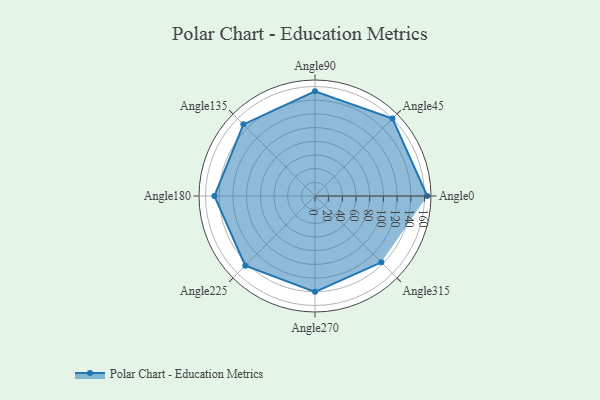
{"axis": {"x": "Angle", "y": "Radius"}, "legend": [""], "data": [{"x": "Angle0", "y": 164.0, "type": ""}, {"x": "Angle45", "y": 160.0, "type": ""}, {"x": "Angle90", "y": 153.0, "type": ""}, {"x": "Angle135", "y": 148.0, "type": ""}, {"x": "Angle180", "y": 147.0, "type": ""}, {"x": "Angle225", "y": 144.0, "type": ""}, {"x": "Angle270", "y": 140.0, "type": ""}, {"x": "Angle315", "y": 137.0, "type": ""}]}